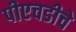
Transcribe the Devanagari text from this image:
पीएचडीचे